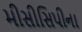
મીસીસિપીના